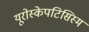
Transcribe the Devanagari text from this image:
यूरोस्केपटिसिस्म